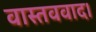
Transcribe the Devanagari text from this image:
वास्तववाद।